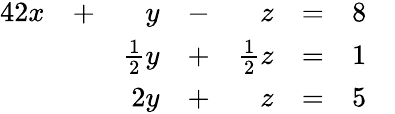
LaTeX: {\begin{array}{rlrlrlrl}{{4}2x}&{+}&{y}&{-}&{z}&{=}&{8}&{}\\ &{}&{{\frac{1}{2}}y}&{+}&{{\frac{1}{2}}z}&{=}&{1}&{}\\ &{}&{2y}&{+}&{z}&{=}&{5}&{}\end{array}}